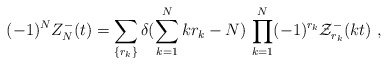
\begin{align*}(-1)^N Z^{-}_N(t) = \sum_{\{r_k\}}\delta(\sum_{k=1}^N k r_k - N) \,\prod_{k=1}^N (-1)^{r_k}{\cal Z}^{-}_{r_k}(kt)~,\end{align*}